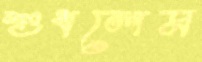
শুধলেম